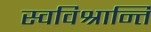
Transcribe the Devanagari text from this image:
स्वविश्रान्तिं